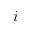
i